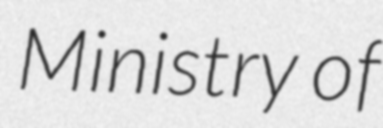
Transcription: Ministry of